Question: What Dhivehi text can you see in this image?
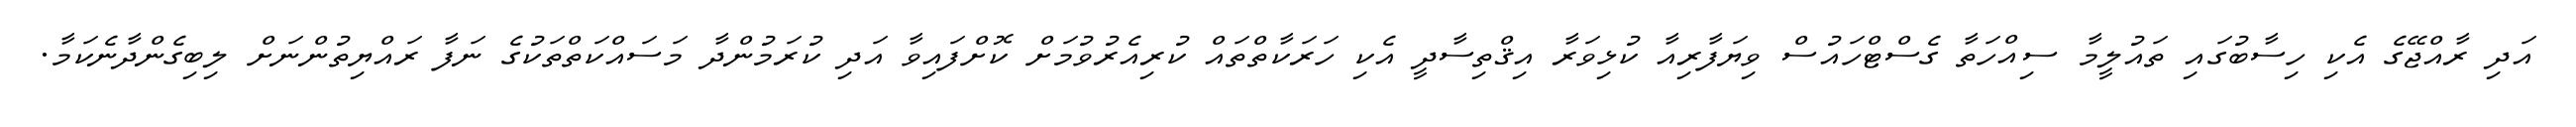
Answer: އަދި ރާއްޖޭގެ އެކި ހިސާބުގައި ތައުލީމާ ސިއްހަތާ ގެސްޓްހައުސް ވިޔަފާރިއާ ކުޅިވަރާ އިޤްތިސާދީ އެކި ހަރަކާތްތައް ކުރިއެރުވުމަށް ކޮށްފައިވާ އަދި ކުރަމުންދާ މަސައްކަތްތަކުގެ ނަފާ ރައްޔިތުންނަށް ލިބިގެންދާނެކަމާ.